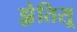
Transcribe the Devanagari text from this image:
झ़ेतिसू